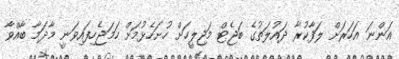
އަންނަ އަހަރަށް ލަފާކުރާ ދައުލަތުގެ ބަޖެޓް މަޖިލީހަށް ހުށަހެޅުމަށް ހަމަޖެހިފައިވަނީ މާދަމާ ބާއްވާ